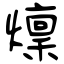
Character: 燣